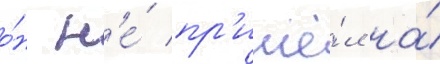
о́н н'е́ пр'ишё́л на́